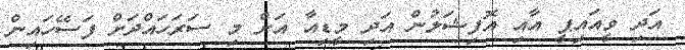
އަދި ވީއައިޕީ އާއި އޮފިޝަލުން އަދި މީޑިއާ އަށް މި ސަރަހައްދަށް ފަސޭހައިން